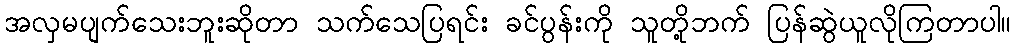
အလှမပျက်သေးဘူးဆိုတာ သက်သေပြရင်း ခင်ပွန်းကို သူတို့ဘက် ပြန်ဆွဲယူလိုကြတာပါ။